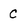
Character: C